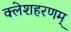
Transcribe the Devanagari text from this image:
क्लेशहरणम्